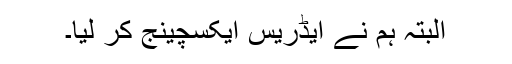
البتہ ہم نے ایڈریس ایکسچینج کر لیا۔